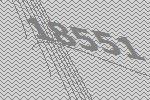
18551